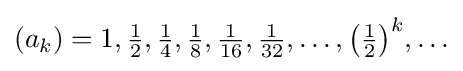
{\textstyle (a_{k})=1,{\frac {1}{2}},{\frac {1}{4}},{\frac {1}{8}},{\frac {1}{16}},{\frac {1}{32}},\ldots ,{\bigl (}{\tfrac {1}{2}}{\bigr )}^{k},\dots }